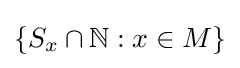
\{S_{x}\cap \mathbb {N} :x\in M\}